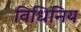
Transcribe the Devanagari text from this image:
विधिनिय